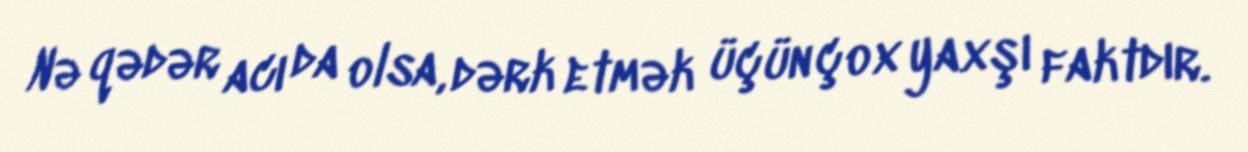
Nə qədər acı da olsa, dərk etmək üçün çox yaxşı faktdır.